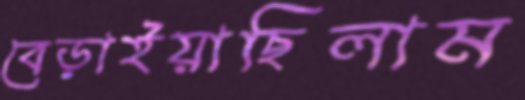
বেড়াইয়াছিলাম